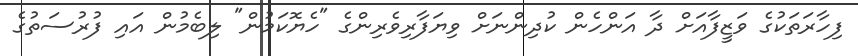
ފިހާރަތަކުގެ ވަޒީފާއަށް ދާ އަންހެން ކުދިންނަށް ވިޔަފާރިވެރިންގެ "ހެޔޮކަމުން" ލިބެމުން އައި ފުރުސަތުގެ